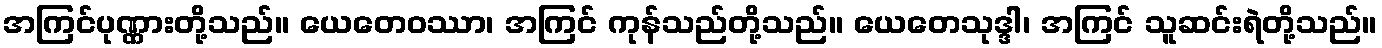
အကြင်ပုဏ္ဏားတို့သည်။ ယေတေဝဿာ၊ အကြင် ကုန်သည်တို့သည်။ ယေတေသုဒ္ဒါ၊ အကြင် သူဆင်းရဲတို့သည်။